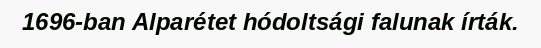
1696-ban Alparétet hódoltsági falunak írták.